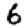
Digit: 6